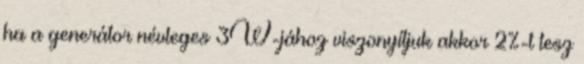
ha a generátor névleges 3W-jához viszonyítjuk akkor 2%-t tesz